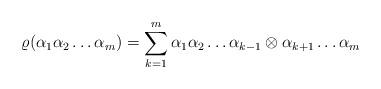
LaTeX: \begin{align*} \varrho(\alpha_1 \alpha_2 \dots \alpha_m) = \sum_{k=1}^m \alpha_1 \alpha_2 \dots \alpha_{k-1} \otimes \alpha_{k+1} \dots \alpha_m\end{align*}